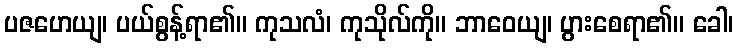
ပဇဟေယျ၊ ပယ်စွန့်ရာ၏။ ကုသလံ၊ ကုသိုလ်ကို။ ဘာဝေယျ၊ ပွားစေရာ၏။ ခေါ၊